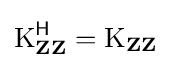
\operatorname {K} _{\mathbf {Z} \mathbf {Z} }^{\mathsf {H}}=\operatorname {K} _{\mathbf {Z} \mathbf {Z} }